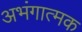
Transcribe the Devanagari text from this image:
अभंगात्मक